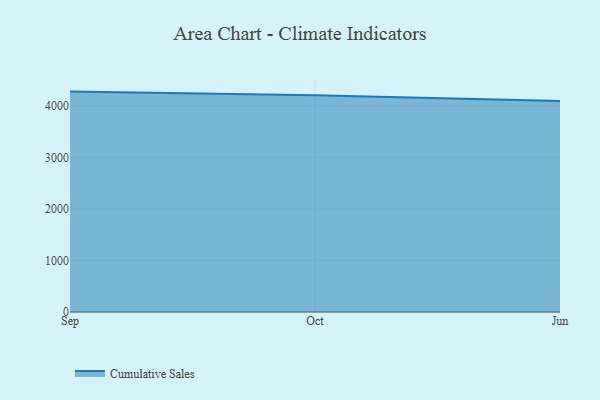
{"axis": {"x": "Month", "y": "Bounce Rate (%)"}, "legend": ["Cumulative Sales"], "data": [{"x": "Sep", "y": 4277.0, "type": "Cumulative Sales"}, {"x": "Oct", "y": 4205.1, "type": "Cumulative Sales"}, {"x": "Jun", "y": 4094.5, "type": "Cumulative Sales"}]}